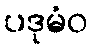
ပဒုမံဝ